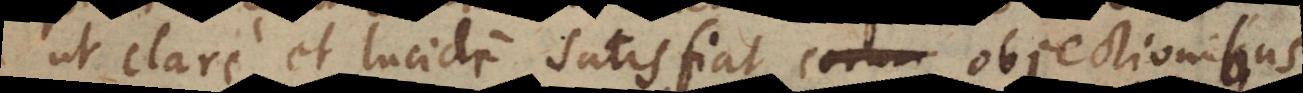
ut clare et lucide satisfiat eorum objection